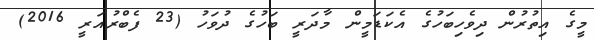
މީގެ އިތުރުން ދިވެހިބަހުގެ އެކަޑަމީން މާދަރީ ބަހުގެ ދުވަހު (23 ފެބްރުއަރީ 2016)